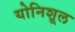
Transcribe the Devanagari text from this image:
योनिशूल